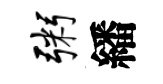
粥繙